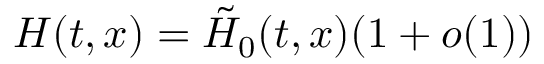
H ( t , x ) = \tilde { H } _ { 0 } ( t , x ) ( 1 + o ( 1 ) )